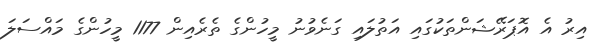
އިރު އެ އޮޕަރޭޝަންތަކުގައި އަތުލައި ގަނެވުނު މީހުންގެ ތެރެއިން 1177 މީހުންގެ މައްސަލަ